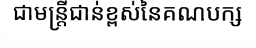
ជាមន្ត្រីជាន់ខ្ពស់នៃគណបក្ស